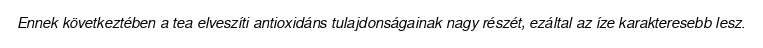
Ennek következtében a tea elveszíti antioxidáns tulajdonságainak nagy részét, ezáltal az íze karakteresebb lesz.